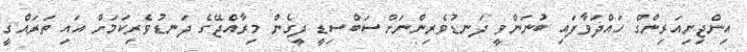
އިންޖިނިއަރިންގް ހައްދަވާފައި ބުނަންވީ ދަނޑުވެރިންނަށް ސަބްސިޑީ ދީގެން މިރާއްޖޭގެ ދަނޑުވެރިކަމަށް އައި ތަރައްގީ